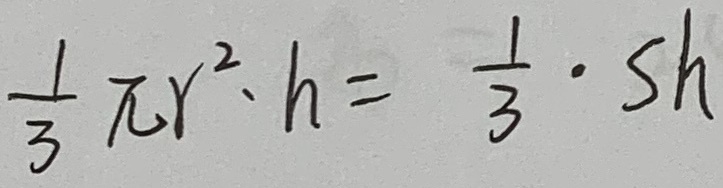
\frac { 1 } { 3 } \pi r ^ { 2 } \cdot h = \frac { 1 } { 3 } \cdot S h